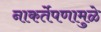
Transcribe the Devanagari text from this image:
नाकर्तेपणामुळे